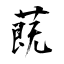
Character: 蔇